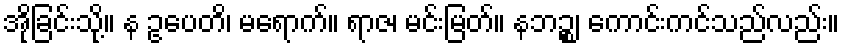
အိုခြင်းသို့။ န ဥပေတိ၊ မရောက်။ ရာဇ၊ မင်းမြတ်။ နဘဉ္စ၊ ကောင်းကင်သည်လည်း။